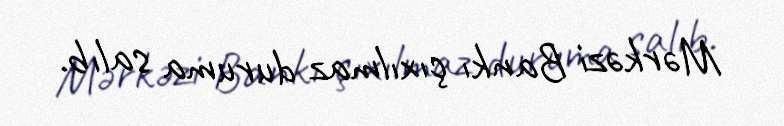
Mərkəzi Bankı çıxılmaz duruma salıb.